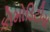
કોમોડિટીસ